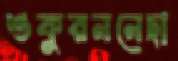
শুকুরননেছা